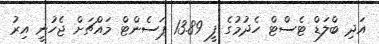
އަދި ބްލަޑް ޓެސްޓް ހެދުމުގެ ފީ 13.89 ޕަސެންޓް މައްޗަށް ޖެހުނީ އިރު